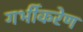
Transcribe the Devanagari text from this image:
गर्भीकरेण